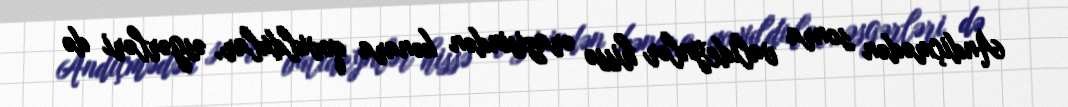
Andiçmədən sonra valideynlər hissə ərazisindən kənara qovuldular, əsgərləri də